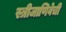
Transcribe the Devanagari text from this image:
स्त्रीजाणिवेची